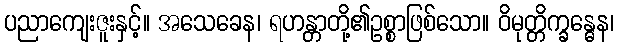
ပညာကျေးဇူးနှင့်။ အသေခေန၊ ရဟန္တာတို့၏ဥစ္စာဖြစ်သော။ ဝိမုတ္တိက္ခန္ဓေန၊